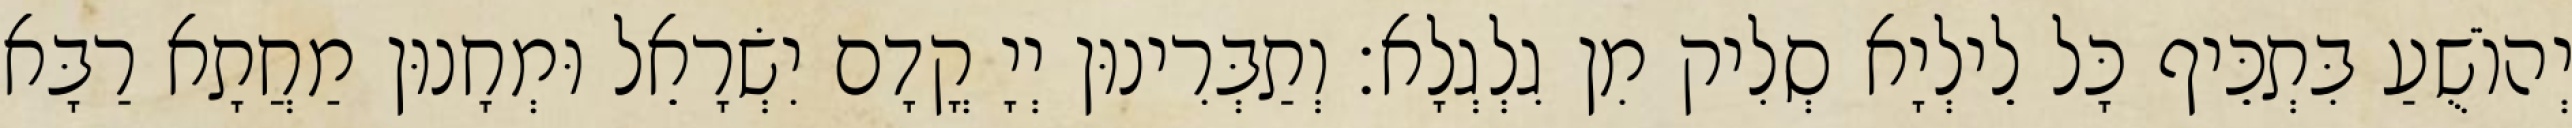
יְהוֹשֻׁעַ בִּתְכֵּיף כָּל לֵילְיָא סְלִיק מִן גִלְגְלָא׃ וְתַבְּרִינוּן יְיָ קֳדָם יִשְׂרָאֵל וּמְחָנוּן מַחֲתָא רַבָּא